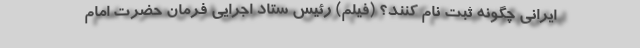
ایرانی چگونه ثبت نام کنند؟ (فیلم) رئیس ستاد اجرایی فرمان حضرت امام